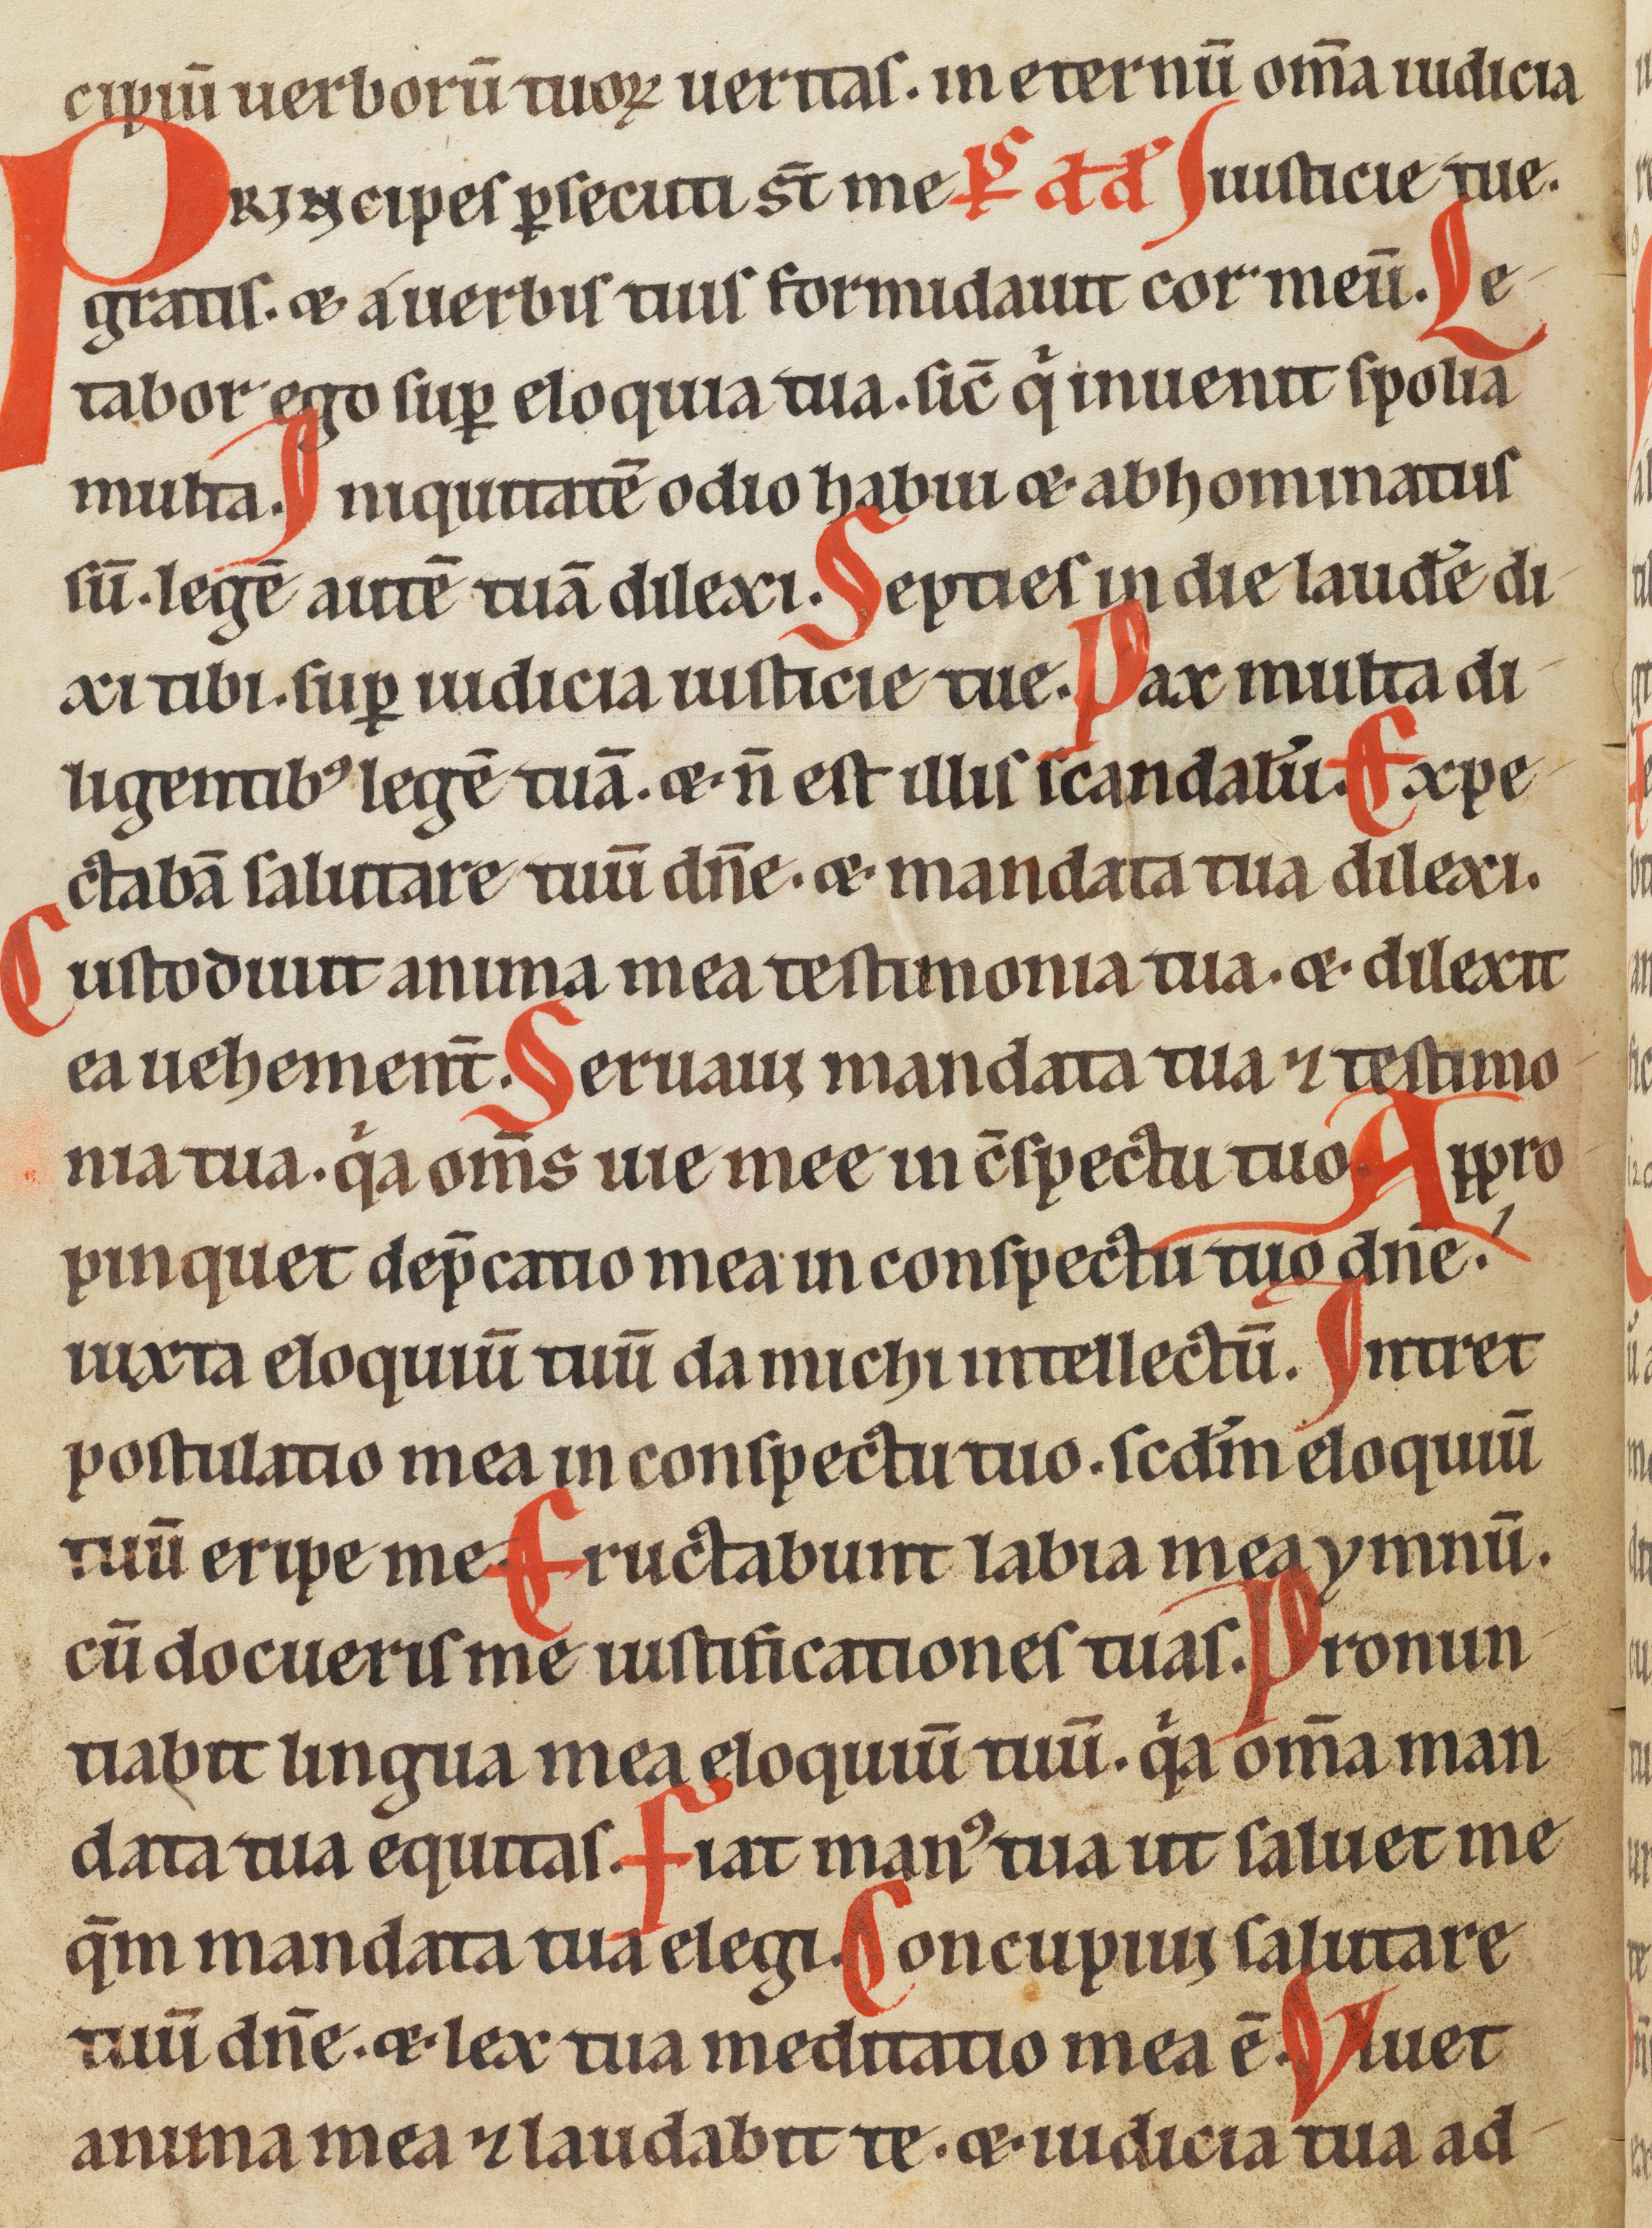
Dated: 1185–1249